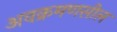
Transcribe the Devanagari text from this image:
अवक्रमणसील